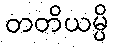
တတိယမ္ပိ